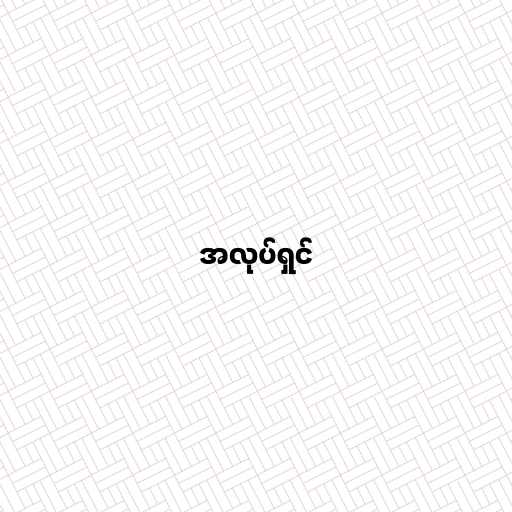
အလုပ်ရှင်